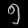
Digit: ၅